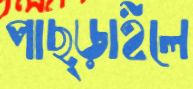
পাছ্‌ড়াইলে